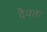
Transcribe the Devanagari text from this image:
दैवत।